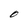
Character: O